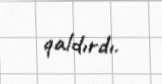
qaldırdı.